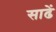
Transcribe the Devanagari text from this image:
साढें